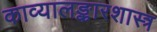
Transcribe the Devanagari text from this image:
काव्यालङ्कारशास्त्र